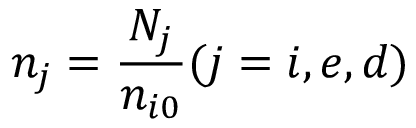
n _ { j } = \frac { N _ { j } } { n _ { i 0 } } ( j = i , e , d )